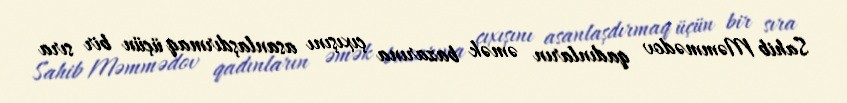
Sahib Məmmədov qadınların əmək bazarına çıxışını asanlaşdırmaq üçün bir sıra